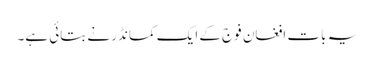
یہ بات افغان فوج کے ایک کمانڈر نے بتائی ہے۔